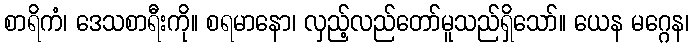
စာရိကံ၊ ဒေသစာရီးကို။ စရမာနော၊ လှည့်လည်တော်မူသည်ရှိသော်။ ယေန မဂ္ဂေန၊